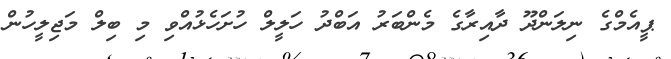
ޕީއެމްގެ ނިލަންދޫ ދާއިރާގެ މެންބަރު އަބްދު ހަލީލް ހުށަހެޅުއްވި މި ބިލް މަޖިލީހުން